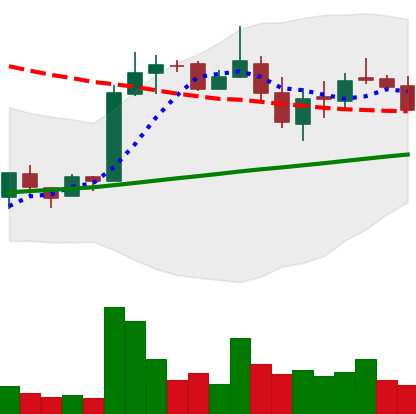
Ticker: LTC-USD
Chart end date: 2018-02-28
Forward return: 4.081%
Label: up_3_5